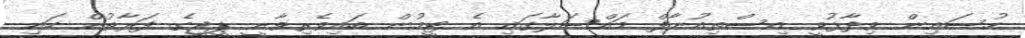
ހުސައިން ވިދާޅުވީ އިސްތިއުނާފް މައްސަލާގައި އެ ޓީމުން ބައިވެރިވާނީ ޕީޖީގެ ފަރާތުން ހައި